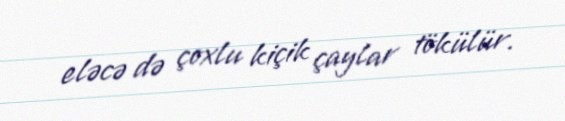
eləcə də çoxlu kiçik çaylar tökülür.